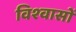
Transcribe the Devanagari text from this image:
विश्‍वासों